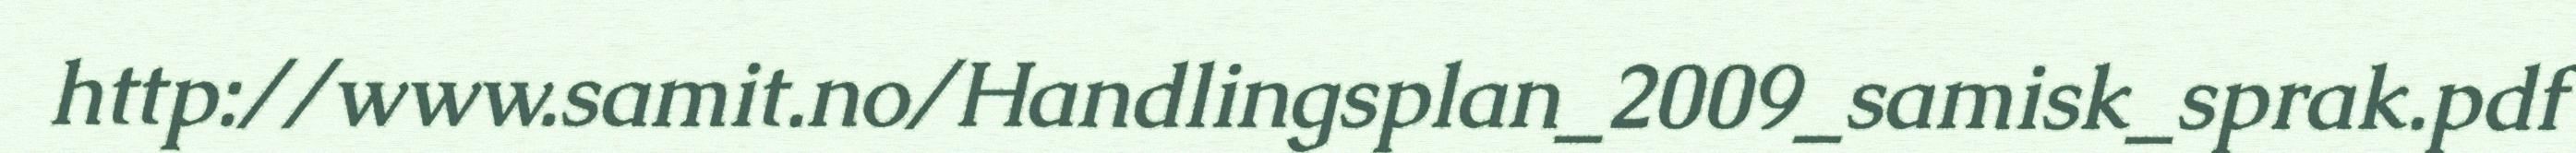
http://www.samit.no/Handlingsplan_2009_samisk_sprak.pdf